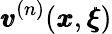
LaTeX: {\pmb v}^{(n)}({\pmb x},{\pmb\xi})